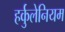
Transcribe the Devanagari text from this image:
हर्कुलेनियम